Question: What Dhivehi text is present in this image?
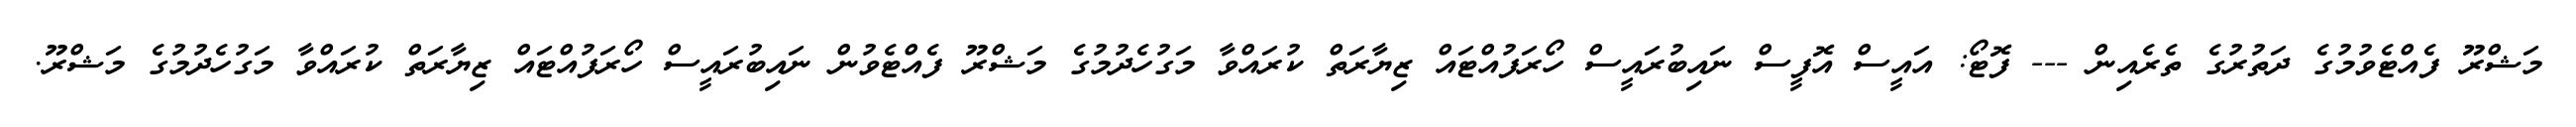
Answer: މަޝްރޫ ފެއްޓެވުމުގެ ދަތުރުގެ ތެރެއިން --- ފޮޓޯ: އައީސް އޮފީސް ނައިބުރައީސް ހޯރަފުއްޓައް ޒިޔާރަތް ކުރައްވާ މަގުހެދުމުގެ މަޝްރޫ ފެއްޓެވުން ނައިބުރައީސް ހޯރަފުއްޓައް ޒިޔާރަތް ކުރައްވާ މަގުހެދުމުގެ މަޝްރޫ.